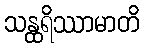
သန္ထရိဿာမာတိ